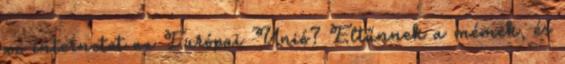
az internetet az Európai Unió? Eltűnnek a mémek, és